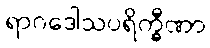
ရာဂဒေါသပရိက္ခီဏာ